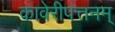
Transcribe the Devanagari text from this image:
कावेरीपत्तनम्